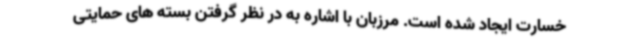
خسارت ایجاد شده است. مرزبان با اشاره به در نظر گرفتن بسته های حمایتی